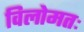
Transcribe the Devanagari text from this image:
विलोमतः